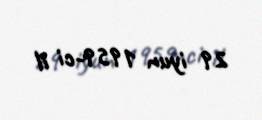
29 iyun 1959-ci il